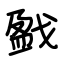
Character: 戤